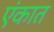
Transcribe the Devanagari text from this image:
एंकात